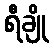
ရီချို